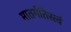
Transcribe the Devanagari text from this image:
मातर्गतिस्त्वं